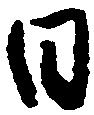
日